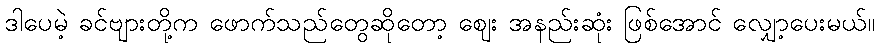
ဒါပေမဲ့ ခင်ဗျားတို့က ဖောက်သည်တွေဆိုတော့ ဈေး အနည်းဆုံး ဖြစ်အောင် လျှော့ပေးမယ်။